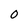
Character: 0